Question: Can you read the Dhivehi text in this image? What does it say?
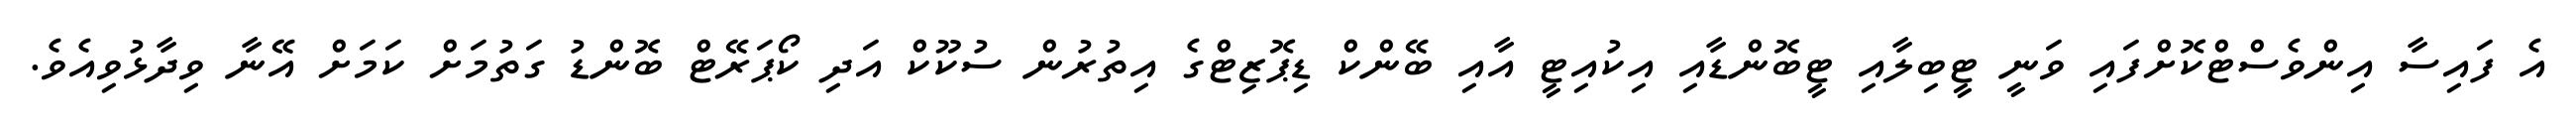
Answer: އެ ފައިސާ އިންވެސްޓްކޮށްފައި ވަނީ ޓީބިލާއި ޓީބޮންޑާއި އިކުއިޓީ އާއި ބޭންކް ޑިޕޮޒިޓްގެ އިތުރުން ސުކޫކް އަދި ކޯޕަރޭޓް ބޮންޑު ގަތުމަށް ކަމަށް އޭނާ ވިދާޅުވިއެވެ.